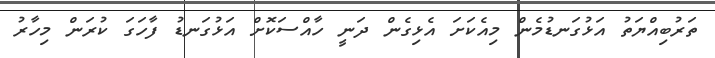
ތަރުބިއްޔަތު އަޅުގަނޑުމެން މިއެކަށަ އެޅިގެން ދަނީ ހާއްސަކޮށް އަޅުގަނޑު ފާހަގަ ކުރަން މިހާރު